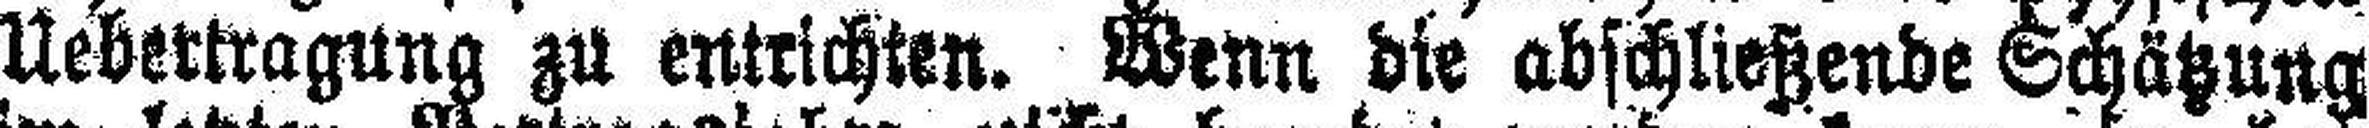
Uebertragung zu entrichten. Wenn die abschließende Schätzung